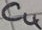
Text: C4